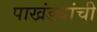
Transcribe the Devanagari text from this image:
पाखंड्यांची